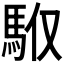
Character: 𩢇